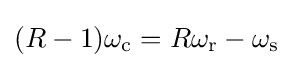
(R-1)\omega _{\text{c}}=R\omega _{\text{r}}-\omega _{\text{s}}